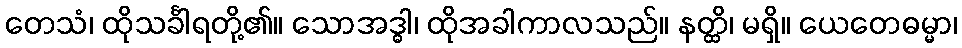
တေသံ၊ ထိုသင်္ခါရတို့၏။ သောအဒ္ဓါ၊ ထိုအခါကာလသည်။ နတ္ထိ၊ မရှိ။ ယေတေဓမ္မာ၊